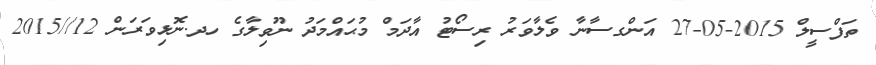
ތަފްސީލް 2015-05-27 އަންގސާނާ ވެލާވަރު ރިސޯޓު އާދަމް މުޙައްމަދު ނޫވިލާގެ ހދ.ނޮޅިވަރަން 12//2015